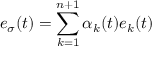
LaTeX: e _ { \sigma } ( t ) = \sum _ { k = 1 } ^ { n + 1 } \alpha _ { k } ( t ) e _ { k } ( t )